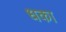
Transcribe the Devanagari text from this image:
धका